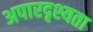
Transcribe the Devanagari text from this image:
अपारदृश्यता